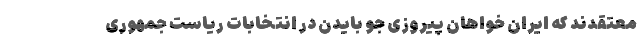
معتقدند که ایران خواهان پیروزی جو بایدن در انتخابات ریاست جمهوری